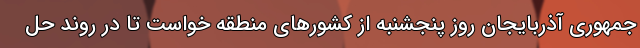
جمهوری آذربایجان روز پنجشنبه از کشورهای منطقه خواست تا در روند حل